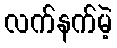
လက်နက်မဲ့